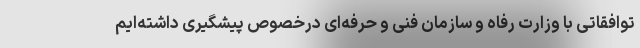
توافقاتی با وزارت رفاه و سازمان فنی و حرفه‌ای درخصوص پیشگیری داشته‌ایم